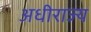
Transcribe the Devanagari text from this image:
अधीराज्य